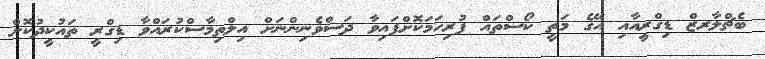
ބެޗްލާރޒް ޑިގްރީއާއި އޭގެ މަތީ ކޯސްތައް ފުރިހަމަކޮށްފައިވާ ދަސްވެނިންނަށް އިލްތިމާސްކުރައްވާ ޑިގްރީ ތައުކީދުކޮށް